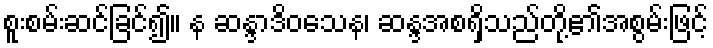
စူးစမ်းဆင်ခြင်၍။ န ဆန္ဒာဒိဝသေန၊ ဆန္ဒအစရှိသည်တို့၏အစွမ်းဖြင့်